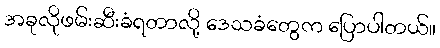
အခုလိုဖမ်းဆီးခံရတာလို့ ဒေသခံတွေက ပြောပါတယ်။